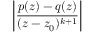
\left| { \frac { p ( z ) - q ( z ) } { ( z - z _ { 0 } ) ^ { k + 1 } } } \right|